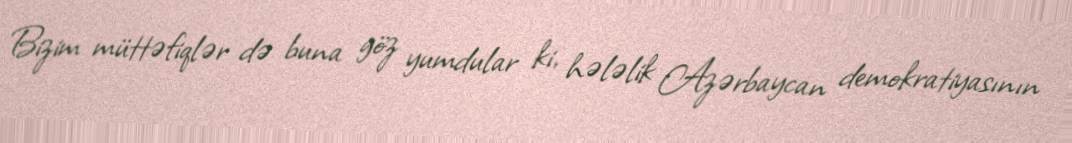
Bizim müttəfiqlər də buna göz yumdular ki, hələlik Azərbaycan demokratiyasının